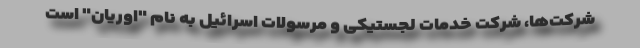
شرکت‌ها، شرکت خدمات لجستیکی و مرسولات اسرائیل به نام "اوریان" است